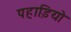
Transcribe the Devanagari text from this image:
पहाडि़यो